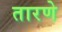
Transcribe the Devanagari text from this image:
तारणे